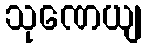
သုဏေယျ